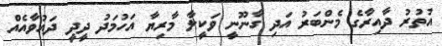
އުތުރު ދާއިރާގެ މެންބަރު އަދި ގާނޫނީ ވަކީލާ މާރިޔާ އަހުމަދު ދީދީ ދައުވާއެއް